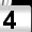
Digit: 4